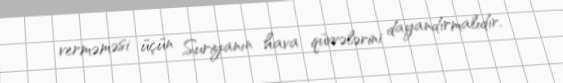
verməməsi üçün Suriyanın hava qüvvələrini dayandırmalıdır.